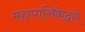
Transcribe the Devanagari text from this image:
महापालिकेद्वारे